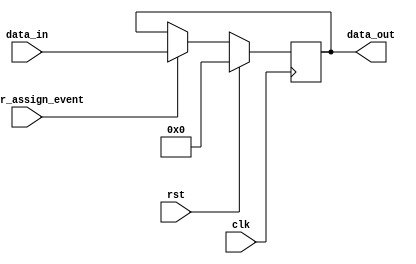
`timescale 1ns / 1ps
//////////////////////////////////////////////////////////////////////////////////
// Company: 
// Engineer: 
// 
// Design Name: 
// Module Name:    buffer 
// Project Name: 
// Target Devices: 
// Tool versions: 
// Description: 
//
// Dependencies: 
//
// Revision: 
// Revision 0.01 - File Created
// Additional Comments: 
//
//////////////////////////////////////////////////////////////////////////////////
module buffer #(
   parameter DATA_WIDTH = 36
)(
    input wire  clk,
	 input wire  rst,
	 
	 input wire  buffer_assign_event, 
	 
    input  wire [DATA_WIDTH-1:0] data_in,
	 output reg [DATA_WIDTH-1:0] data_out
    );
	 
	always @(posedge clk) begin
		if(rst) begin
			data_out <= 0;
		end 
		else begin
			if(buffer_assign_event) begin
				data_out <= data_in;
			end
		end
	end

endmodule